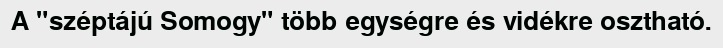
A "széptájú Somogy" több egységre és vidékre osztható.